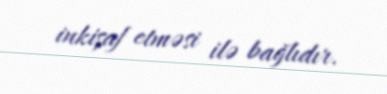
inkişaf etməsi ilə bağlıdır.